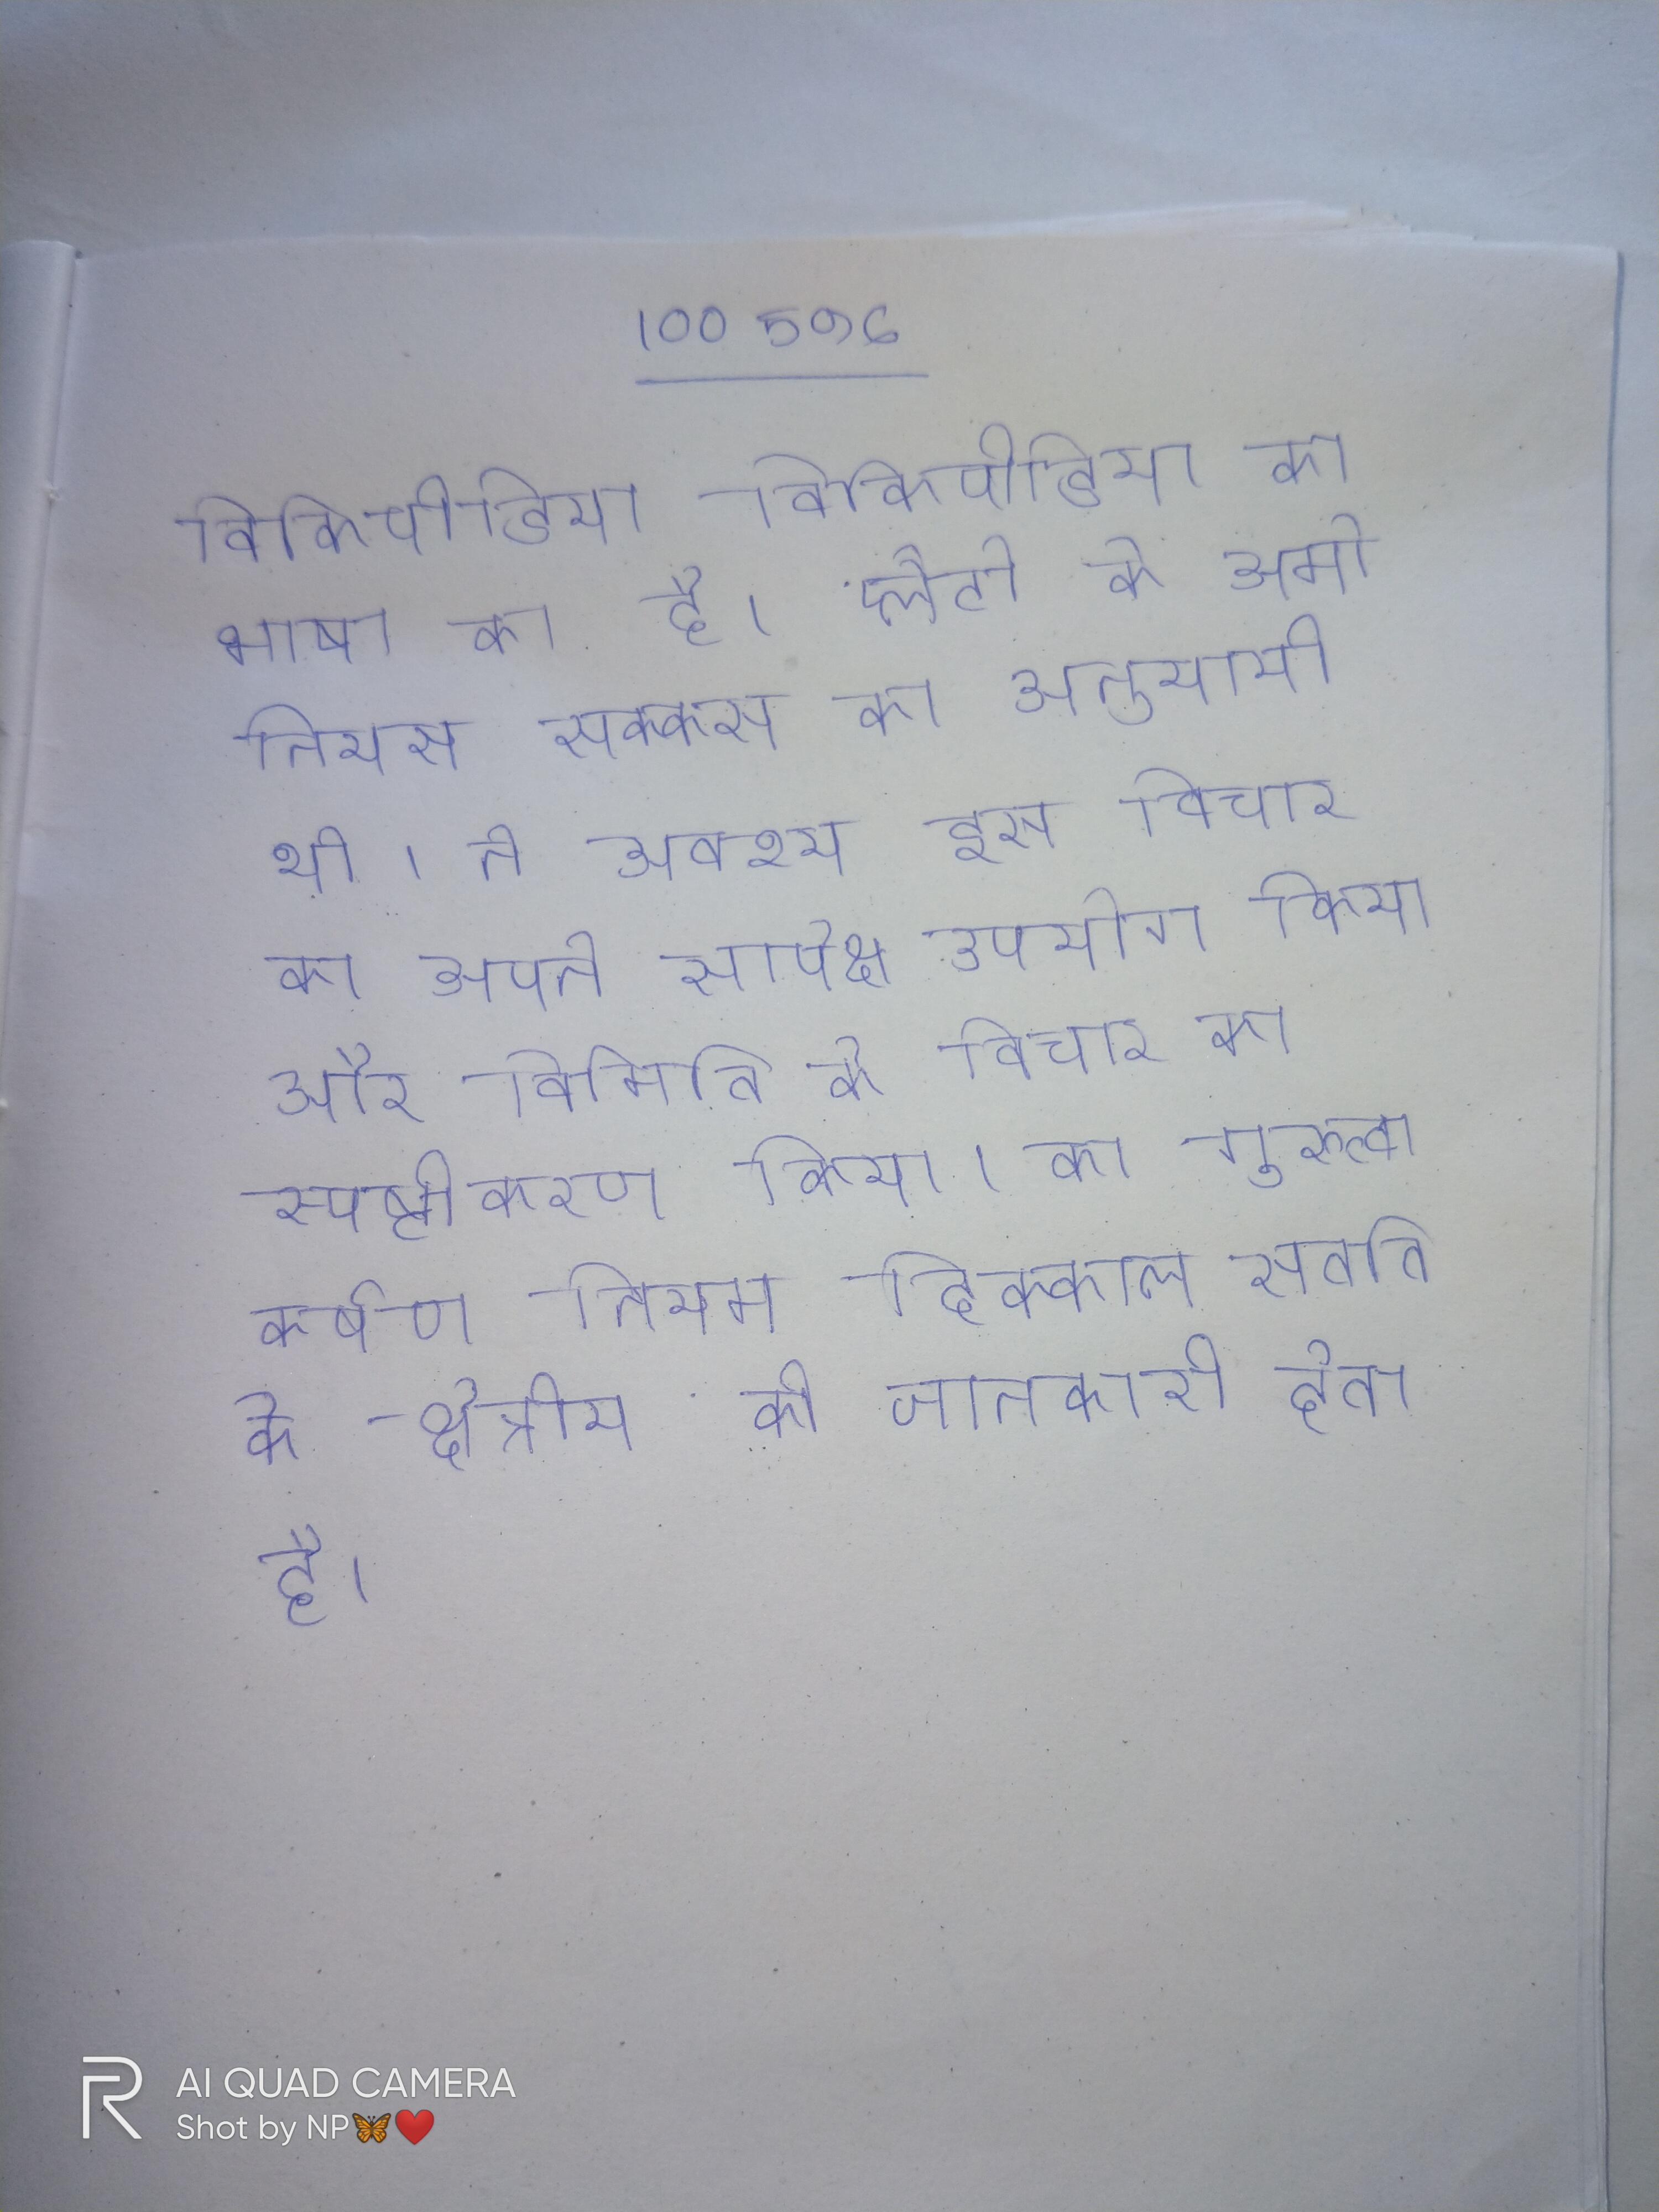
विकिपीडिया विकिपीडिया का भाषा का है । प्लैटो के अमोनियस सक्कस का अनुयायी था । ने अवश्य इस विचार का अपने सापेक्ष उपयोग किया और विमिति के विचार का स्पष्टीकरण किया । का गुरुत्वाकर्षण नियम दिक्काल सतति के क्षेत्रीय की जानकारी देता है ।